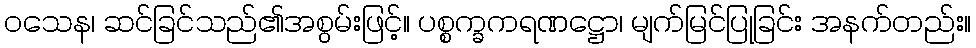
ဝသေန၊ ဆင်ခြင်သည်၏အစွမ်းဖြင့်။ ပစ္စက္ခကရဏဋ္ဌော၊ မျက်မြင်ပြုခြင်း အနက်တည်း။